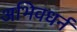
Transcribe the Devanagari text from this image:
अभिवधर्न